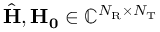
\hat { \mathbf { H } } , \mathbf { H _ { 0 } } \in \mathbb { C } ^ { N _ { \mathrm { R } } \times N _ { \mathrm { T } } }